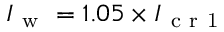
I _ { \mathrm { ~ w ~ } } = 1 . 0 5 \times I _ { \mathrm { ~ c ~ r ~ 1 ~ } }